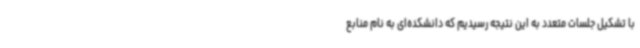
با تشکیل جلسات متعدد به این نتیجه رسیدیم که دانشکده‌ای به نام منابع